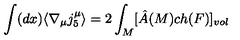
\int ( d x ) \langle \nabla _ { \mu } j _ { 5 } ^ { \mu } \rangle = 2 \int _ { M } [ \hat { A } ( M ) c h ( F ) ] _ { v o l }